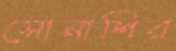
সোনাশির